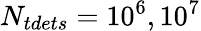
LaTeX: N_{tdets}=10^{6},10^{7}